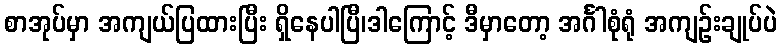
စာအုပ်မှာ အကျယ်ပြထားပြီး ရှိနေပါပြီ၊ဒါကြောင့် ဒီမှာတော့ အင်္ဂါစုံရုံ အကျဉ်းချုပ်ပဲ